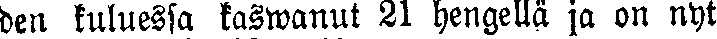
den kuluessa kaswanut 21 hengellä ja on nyt